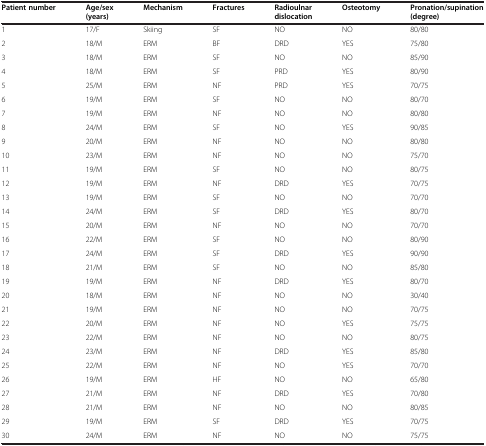
<table><thead><tr><td><b>Patient number</b></td><td><b>Age/sex (years)</b></td><td><b>Mechanism</b></td><td><b>Fractures</b></td><td><b>Radioulnar dislocation</b></td><td><b>Osteotomy</b></td><td><b>Pronation/supination (degree)</b></td></tr></thead><tbody><tr><td>1</td><td>17/F</td><td>Skiing</td><td>SF</td><td>NO</td><td>NO</td><td>80/80</td></tr><tr><td>2</td><td>18/M</td><td>ERM</td><td>BF</td><td>DRD</td><td>YES</td><td>75/80</td></tr><tr><td>3</td><td>18/M</td><td>ERM</td><td>SF</td><td>NO</td><td>NO</td><td>85/90</td></tr><tr><td>4</td><td>18/M</td><td>ERM</td><td>SF</td><td>PRD</td><td>YES</td><td>80/90</td></tr><tr><td>5</td><td>25/M</td><td>ERM</td><td>NF</td><td>PRD</td><td>YES</td><td>70/75</td></tr><tr><td>6</td><td>19/M</td><td>ERM</td><td>SF</td><td>NO</td><td>NO</td><td>80/70</td></tr><tr><td>7</td><td>19/M</td><td>ERM</td><td>NF</td><td>NO</td><td>NO</td><td>80/80</td></tr><tr><td>8</td><td>24/M</td><td>ERM</td><td>SF</td><td>NO</td><td>YES</td><td>90/85</td></tr><tr><td>9</td><td>20/M</td><td>ERM</td><td>NF</td><td>NO</td><td>NO</td><td>80/80</td></tr><tr><td>10</td><td>23/M</td><td>ERM</td><td>NF</td><td>NO</td><td>NO</td><td>75/70</td></tr><tr><td>11</td><td>19/M</td><td>ERM</td><td>SF</td><td>NO</td><td>NO</td><td>80/75</td></tr><tr><td>12</td><td>19/M</td><td>ERM</td><td>NF</td><td>DRD</td><td>YES</td><td>70/75</td></tr><tr><td>13</td><td>19/M</td><td>ERM</td><td>SF</td><td>NO</td><td>NO</td><td>70/70</td></tr><tr><td>14</td><td>24/M</td><td>ERM</td><td>SF</td><td>DRD</td><td>YES</td><td>80/70</td></tr><tr><td>15</td><td>20/M</td><td>ERM</td><td>NF</td><td>NO</td><td>NO</td><td>70/70</td></tr><tr><td>16</td><td>22/M</td><td>ERM</td><td>SF</td><td>NO</td><td>NO</td><td>80/90</td></tr><tr><td>17</td><td>24/M</td><td>ERM</td><td>SF</td><td>DRD</td><td>YES</td><td>90/90</td></tr><tr><td>18</td><td>21/M</td><td>ERM</td><td>SF</td><td>NO</td><td>NO</td><td>85/80</td></tr><tr><td>19</td><td>19/M</td><td>ERM</td><td>NF</td><td>DRD</td><td>YES</td><td>80/70</td></tr><tr><td>20</td><td>18/M</td><td>ERM</td><td>NF</td><td>NO</td><td>NO</td><td>30/40</td></tr><tr><td>21</td><td>19/M</td><td>ERM</td><td>NF</td><td>NO</td><td>NO</td><td>70/75</td></tr><tr><td>22</td><td>20/M</td><td>ERM</td><td>NF</td><td>NO</td><td>YES</td><td>75/75</td></tr><tr><td>23</td><td>22/M</td><td>ERM</td><td>NF</td><td>NO</td><td>NO</td><td>80/75</td></tr><tr><td>24</td><td>23/M</td><td>ERM</td><td>NF</td><td>DRD</td><td>YES</td><td>85/80</td></tr><tr><td>25</td><td>22/M</td><td>ERM</td><td>NF</td><td>NO</td><td>YES</td><td>70/70</td></tr><tr><td>26</td><td>19/M</td><td>ERM</td><td>HF</td><td>NO</td><td>NO</td><td>65/80</td></tr><tr><td>27</td><td>21/M</td><td>ERM</td><td>NF</td><td>DRD</td><td>YES</td><td>70/80</td></tr><tr><td>28</td><td>21/M</td><td>ERM</td><td>NF</td><td>NO</td><td>NO</td><td>80/85</td></tr><tr><td>29</td><td>19/M</td><td>ERM</td><td>SF</td><td>DRD</td><td>YES</td><td>70/75</td></tr><tr><td>30</td><td>24/M</td><td>ERM</td><td>NF</td><td>NO</td><td>NO</td><td>75/75</td></tr></tbody></table>